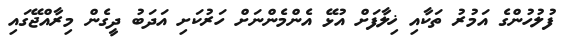
ފުލުހުންގެ އަމުރު ތަކާއި ޚިލާފަށް އުޅޭ އެންމެންނަށް ހަރުކަށި އަދަބު ދީގެން މިރާއްޖޭގައި